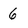
Character: 6